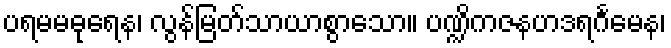
ပရမမဓုရေန၊ လွန်မြတ်သာယာစွာသော။ ပဏ္ဍိကဇနဟဒရင်္ဂမေန၊